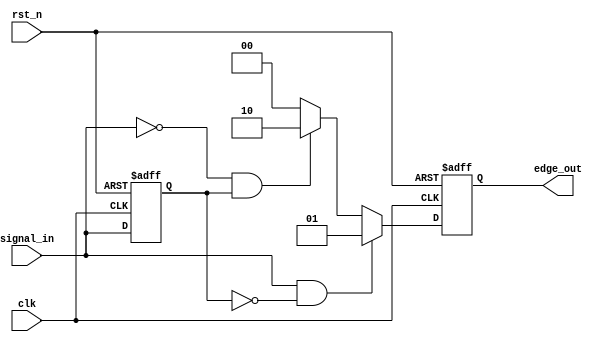
module DifferentialEdgeDetector (
    input wire clk,            // Clock input
    input wire rst_n,         // Asynchronous active-low reset
    input wire signal_in,     // Input signal to detect edges
    output reg [1:0] edge_out  // Output signal indicating edge: 1 for rising, -1 for falling, 0 for no edge
);

// State registers to hold the current and previous states of the input signal
reg signal_prev;

// Edge detection logic
always @(posedge clk or negedge rst_n) begin
    if (!rst_n) begin
        // Reset condition
        signal_prev <= 1'b0; // Initial state
        edge_out <= 2'b00;    // Output reset to 0
    end else begin
        // Edge detection logic
        if (signal_in && !signal_prev) begin
            // Rising edge detected
            edge_out <= 2'b01; // Output 1 for rising edge
        end else if (!signal_in && signal_prev) begin
            // Falling edge detected
            edge_out <= 2'b10; // Output -1 for falling edge
        end else begin
            // No edge detected
            edge_out <= 2'b00; // Output 0 for no edge
        end
        
        // Update previous state
        signal_prev <= signal_in;
    end
end

endmodule